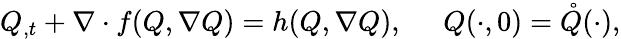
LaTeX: Q_{,t}+\nabla\cdot f(Q,\nabla Q)=h(Q,\nabla Q),\; \; \; \; \; Q(\cdot,0)=\mathring{Q}(\cdot),